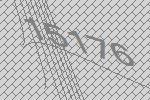
15176